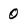
Character: 0